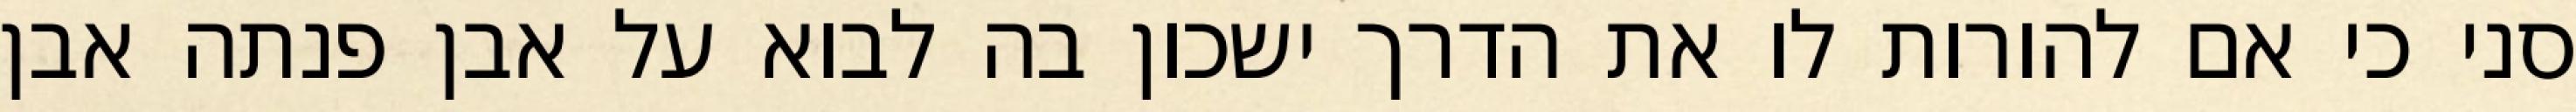
סני כי אם להורות לו את הדרך ישכון בה לבוא על אבן פנתה אבן